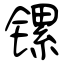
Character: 镙